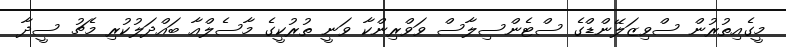
މީގެއިތުރުން ސްވިޒަލޭންޑްގެ ސްޓެންސިލާސް ވަވްރިންކާ ވަނީ ތުރުކީގެ މާސެލްއާ ބައްދަލުކުރި މެޗު ސީދާ